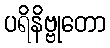
ပရိနိဗ္ဗုတော